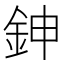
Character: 鉮